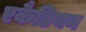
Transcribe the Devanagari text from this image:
एकैडियन